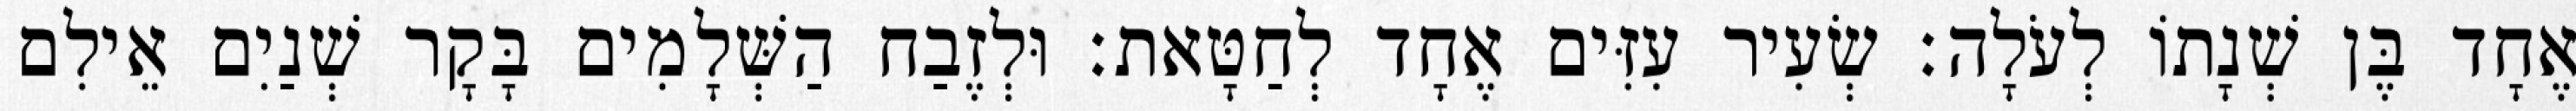
אֶחָד בֶּן שְׁנָתוֹ לְעֹלָה׃ שְׂעִיר עִזִּים אֶחָד לְחַטָּאת׃ וּלְזֶבַח הַשְּׁלָמִים בָּקָר שְׁנַיִם אֵילִם